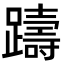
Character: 躊